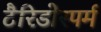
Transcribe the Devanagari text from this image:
टैरिडोस्पर्म